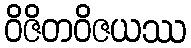
ဝိဇိတဝိဇယဿ